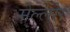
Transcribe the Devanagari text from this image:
मेल्लोर